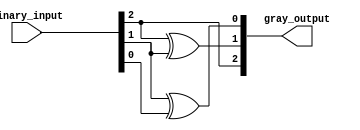
module gray_code_encoder #(
    parameter N = 3  // Default bit width is set to 3
)(
    input  [N-1:0] binary_input,  // N-bit binary input
    output [N-1:0] gray_output     // N-bit Gray code output
);

    // Assign the most significant bit (MSB) of Gray code
    assign gray_output[N-1] = binary_input[N-1];

    // Assign the remaining bits of Gray code using XOR operations
    genvar i;
    generate
        for (i = N-2; i >= 0; i = i - 1) begin : gray_conversion
            assign gray_output[i] = binary_input[i+1] ^ binary_input[i];
        end
    endgenerate

endmodule